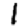
Digit: 1